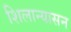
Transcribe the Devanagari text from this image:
शिलान्यासन